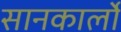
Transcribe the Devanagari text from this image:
सानकार्लो